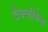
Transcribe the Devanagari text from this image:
टैक्सीकेब